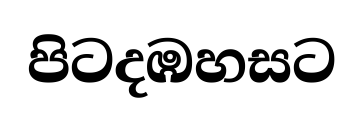
පිටදඹහසට